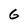
Character: 6